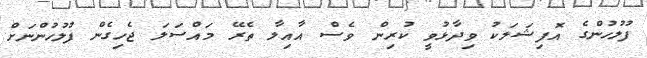
ފުލުހުންގެ އޮފިޝަލަކު ވިދާޅުވީ ކުރިން ވެސް އާއިލާ ތެރޭ މައްސަލަ ޖެހިގެން ފުލުހުންނަށް